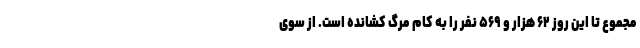
مجموع تا این روز ۶۲ هزار و ۵۶۹ نفر را به کام مرگ کشانده است. از سوی